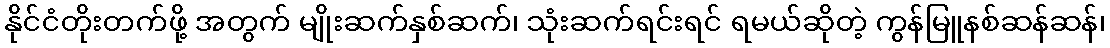
နိုင်ငံတိုးတက်ဖို့ အတွက် မျိုးဆက်နှစ်ဆက်၊ သုံးဆက်ရင်းရင် ရမယ်ဆိုတဲ့ ကွန်မြူနစ်ဆန်ဆန်၊